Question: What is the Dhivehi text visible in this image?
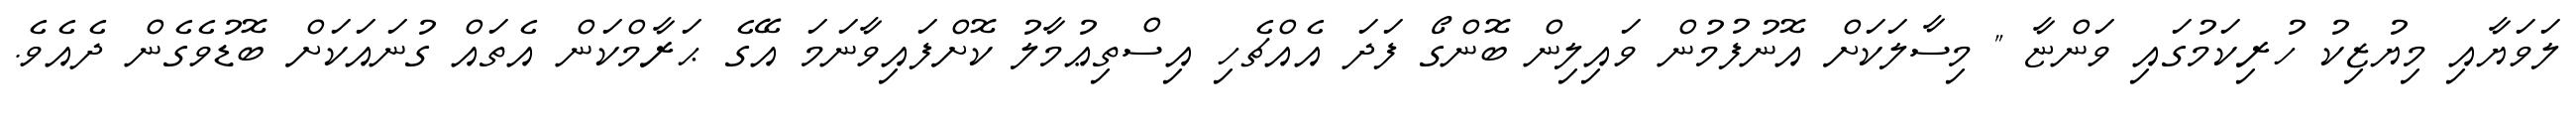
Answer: ލަވަޔާއި މިޔުޒިކު ހުރިކަމުގައި ވަންޏާ " މިސާލަކަށް އޮނުފުމުން ވައިލިން ބޮންގޯ ފަދަ އެއްޗެހި އިސްތިޢުމާލު ކޮށްފައިވާނަމަ އޭގެ ޙަރާމްކަން އެތައް ގުނައަކަށް ބޮޑުވެގެން ދެއެވެ.